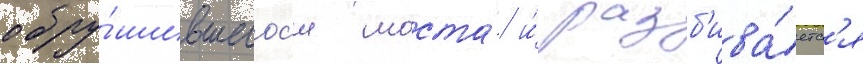
обру́шившегос'я моста́ и́ разб'ива́етс'я